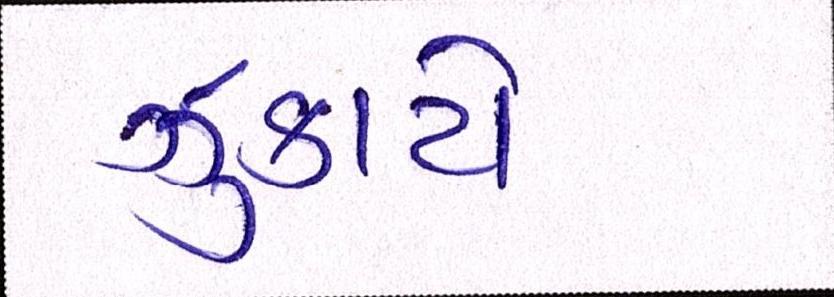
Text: ઝુકાયે